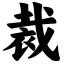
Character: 裁